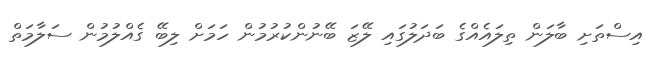
އިސްތަށި ބާލަން ތިލައެއްގެ ބަދަލުގައި ލޭޒަ ބޭނުންކުރުމުން ހަމަށް ލިބޭ ގެއްލުމުން ސަލާމަތް